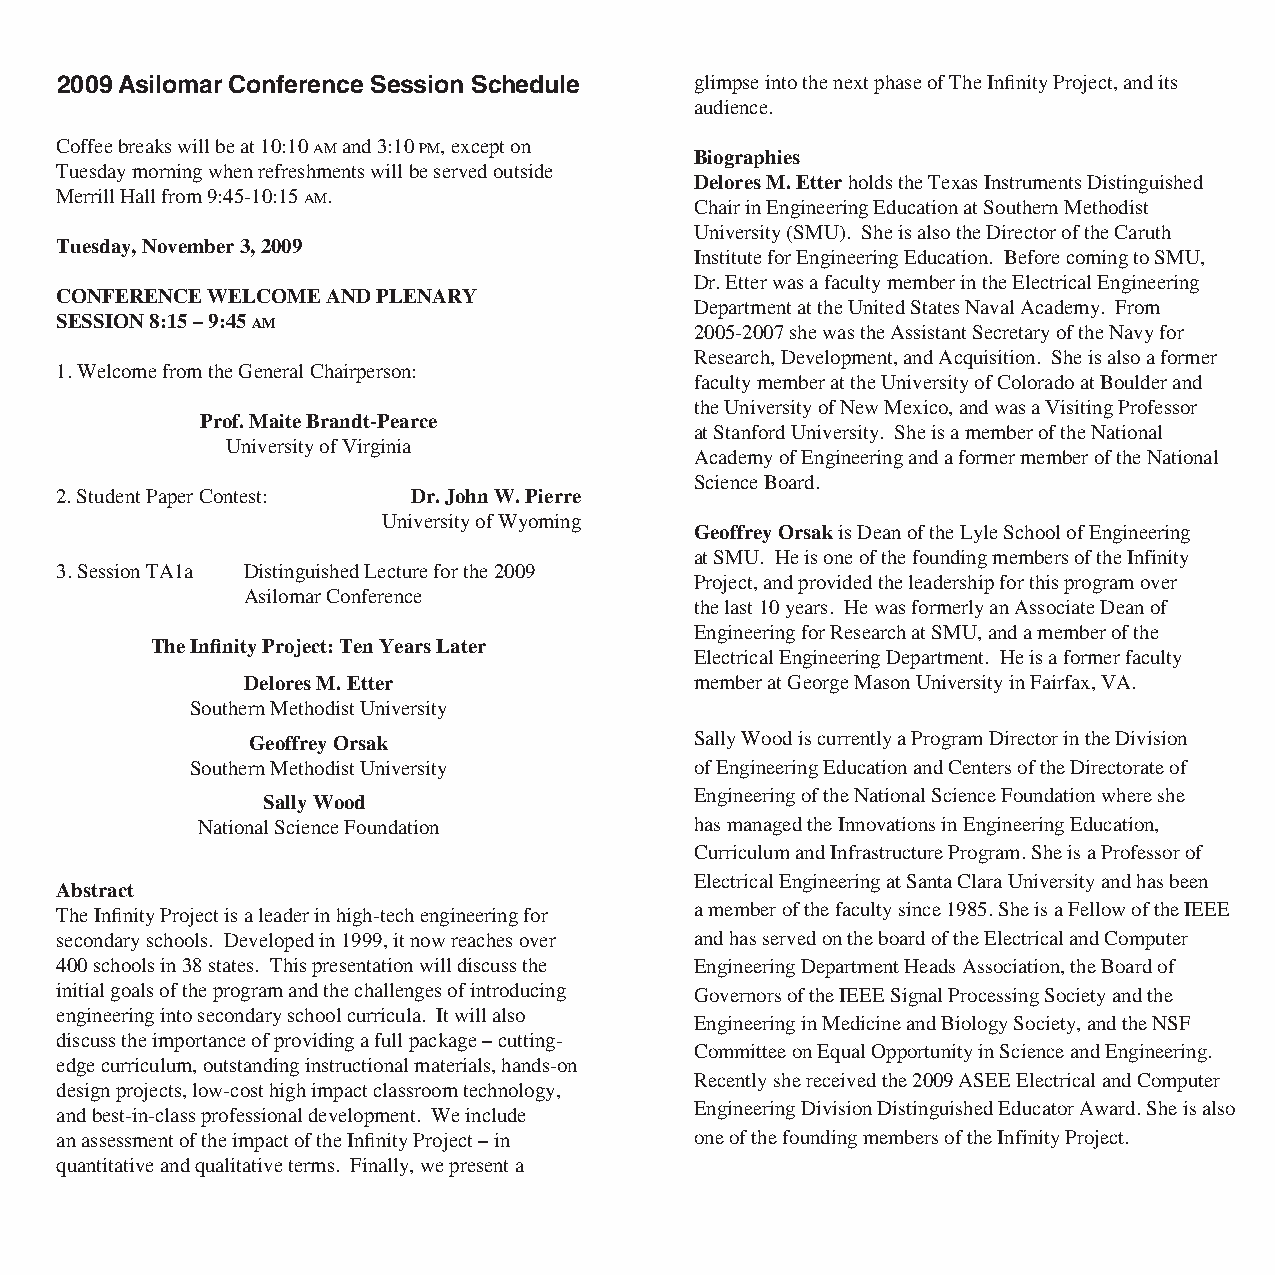
2009 Asilomar Conference session schedule glimpse into the next phase of The Infinity Project, and its
 audience.
 Coffee breaks will be at 10:10 am and 3:10 pm, except on
 Biographies
 Tuesday morning when refreshments will be served outside
 Delores M. Etter holds the Texas Instruments Distinguished
 Merrill Hall from 9:45-10:15 am.
 Chair in Engineering Education at Southern Methodist
 University (SMU). She is also the Director of the Caruth
 Tuesday, November 3, 2009
 Institute for Engineering Education. Before coming to SMU,
 Dr. Etter was a faculty member in the Electrical Engineering
 CONFErENCE WELCOME AND PLENArY
 Department at the United States Naval Academy. From
 SESSiON 8:15 – 9:45 am
 2005-2007 she was the Assistant Secretary of the Navy for
 Research, Development, and Acquisition. She is also a former
 1. Welcome from the General Chairperson:
 faculty member at the University of Colorado at Boulder and
 the University of New Mexico, and was a Visiting Professor
 Prof. Maite Brandt-Pearce
 at Stanford University. She is a member of the National
 University of Virginia
 Academy of Engineering and a former member of the National
 Science Board.
 2. Student Paper Contest: Dr. John W. Pierre
 University of Wyoming
 Geoffrey Orsak is Dean of the Lyle School of Engineering
 at SMU. He is one of the founding members of the Infinity
 3. Session TA1a Distinguished Lecture for the 2009
 Project, and provided the leadership for this program over
 Asilomar Conference
 the last 10 years. He was formerly an Associate Dean of
 Engineering for Research at SMU, and a member of the
 The Infinity Project: Ten Years Later
 Electrical Engineering Department. He is a former faculty
 Delores M. Etter              member at George Mason University in Fairfax, VA.
 Southern Methodist University
 Geoffrey Orsak                Sally Wood is currently a Program Director in the Division
 Southern Methodist University    of Engineering Education and Centers of the Directorate of
 Engineering of the National Science Foundation where she
 Sally Wood
 National Science Foundation      has managed the Innovations in Engineering Education,
 Curriculum and Infrastructure Program. She is a Professor of
 Electrical Engineering at Santa Clara University and has been
 Abstract
 a member of the faculty since 1985. She is a Fellow of the IEEE
 The Infinity Project is a leader in high-tech engineering for
 secondary schools. Developed in 1999, it now reaches over and has served on the board of the Electrical and Computer
 400 schools in 38 states. This presentation will discuss the Engineering Department Heads Association, the Board of
 initial goals of the program and the challenges of introducing Governors of the IEEE Signal Processing Society and the
 engineering into secondary school curricula. It will also
 Engineering in Medicine and Biology Society, and the NSF
 discuss the importance of providing a full package – cutting-
 Committee on Equal Opportunity in Science and Engineering.
 edge curriculum, outstanding instructional materials, hands-on
 Recently she received the 2009 ASEE Electrical and Computer
 design projects, low-cost high impact classroom technology,
 Engineering Division Distinguished Educator Award. She is also
 and best-in-class professional development. We include
 an assessment of the impact of the Infinity Project – in one of the founding members of the Infinity Project.
 quantitative and qualitative terms. Finally, we present a